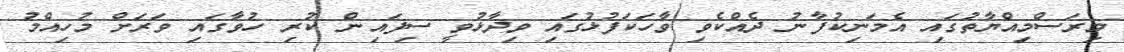
މިރަސްމިއްޔާތުގައި އެމަނިކުފާނު ދެއްކެވި ވާހަކަފުޅުގައި ވިދާޅުވީ ސިފައިން ކުރި ހުވާގައި ވަރަށް މުހިއްމު